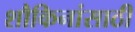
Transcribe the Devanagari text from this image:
शौकिनांसाठी